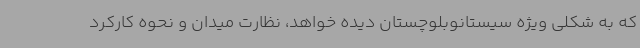
که به شکلی ویژه سیستانوبلوچستان دیده خواهد، نظارت میدان و نحوه کارکرد